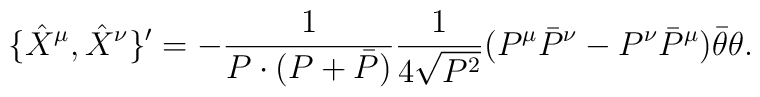
\{\hat X^\mu,\hat X^\nu\}'  =-\frac{1}{P\cdot(P+\bar P)}\frac{1}{4\sqrt{P^2}}(P^\mu \bar{P}^\nu-P^\nu \bar{P}^\mu )  \bar{\theta}\theta .